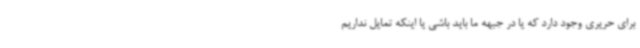
برای حریری وجود دارد که یا در جبهه ما باید باشی یا اینکه تمایل نداریم